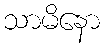
သာမိနော